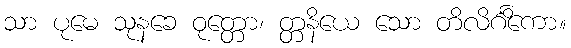
သာ ပုမေ သုနခေ ဝုတ္တော၊ တ္တနိယေ သော တိလိင်္ဂိကော။